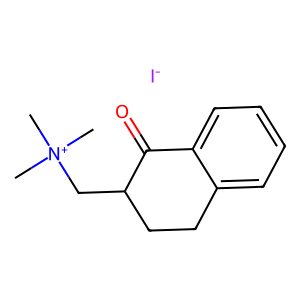
SMILES: C[N+](C)(C)CC1CCc2ccccc2C1=O.[I-]
Inhibits HIV replication: No